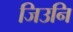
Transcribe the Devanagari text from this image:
जिउनि